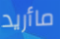
ماأريد